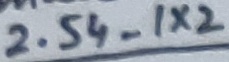
Text: 2.54_1X2